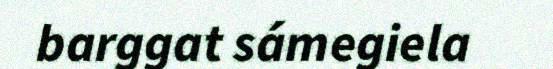
barggat sámegiela